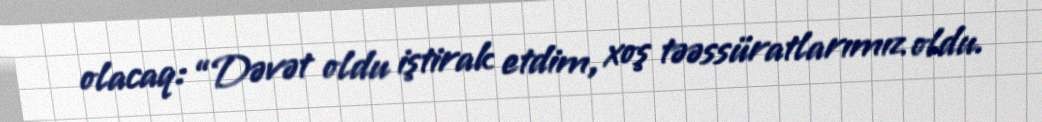
olacaq: “Dəvət oldu iştirak etdim, xoş təəssüratlarımız oldu.